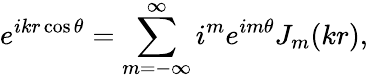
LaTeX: e^{ikr\cos{\theta}}=\displaystyle\sum_{m=-\infty}^{\infty}i^{m}e^{im\theta}J_{m}(kr),